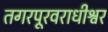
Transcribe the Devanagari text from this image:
तगरपूरवराधीश्वर